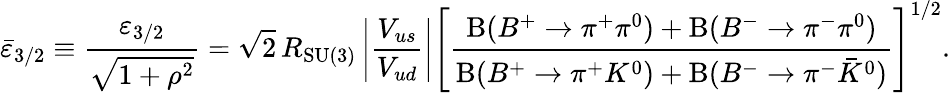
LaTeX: \bar{\varepsilon}_{3/2}\equiv\frac{\varepsilon_{3/2}}{\sqrt{1+\rho^{2}}}=\sqrt 2\, R_{\mathrm{SU(3)}}\left|\frac{V_{us}}{V_{ud}}\right|\left[\frac{\mathrm{B}(B^{+}\to\pi^{+}\pi^{0})+\mathrm{B}(B^{-}\to\pi^{-}\pi^{0})}{\mathrm{B}(B^{+}\to\pi^{+}K^{0})+\mathrm{B}(B^{-}\to\pi^{-}\bar{K}^{0})}\right]^{1/2}.